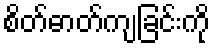
စိတ်ဓာတ်ကျခြင်းကို